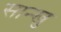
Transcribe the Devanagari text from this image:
सान्खु